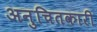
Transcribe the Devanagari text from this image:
अनुचितकारी